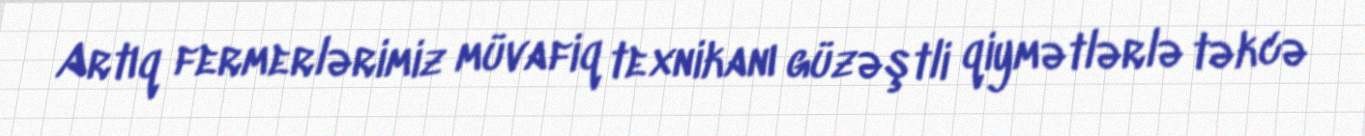
Artıq fermerlərimiz müvafiq texnikanı güzəştli qiymətlərlə təkcə